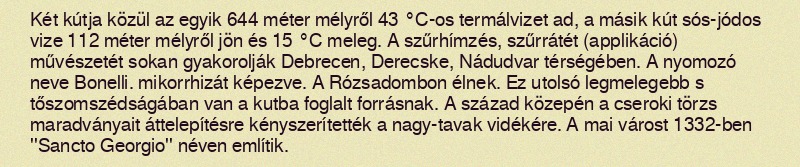
Két kútja közül az egyik 644 méter mélyről 43 °C-os termálvizet ad, a másik kút sós-jódos vize 112 méter mélyről jön és 15 °C meleg. A szűrhímzés, szűrrátét (applikáció) művészetét sokan gyakorolják Debrecen, Derecske, Nádudvar térségében. A nyomozó neve Bonelli. mikorrhizát képezve. A Rózsadombon élnek. Ez utolsó legmelegebb s tőszomszédságában van a kutba foglalt forrásnak. A század közepén a cseroki törzs maradványait áttelepítésre kényszerítették a nagy-tavak vidékére. A mai várost 1332-ben ''Sancto Georgio'' néven említik.